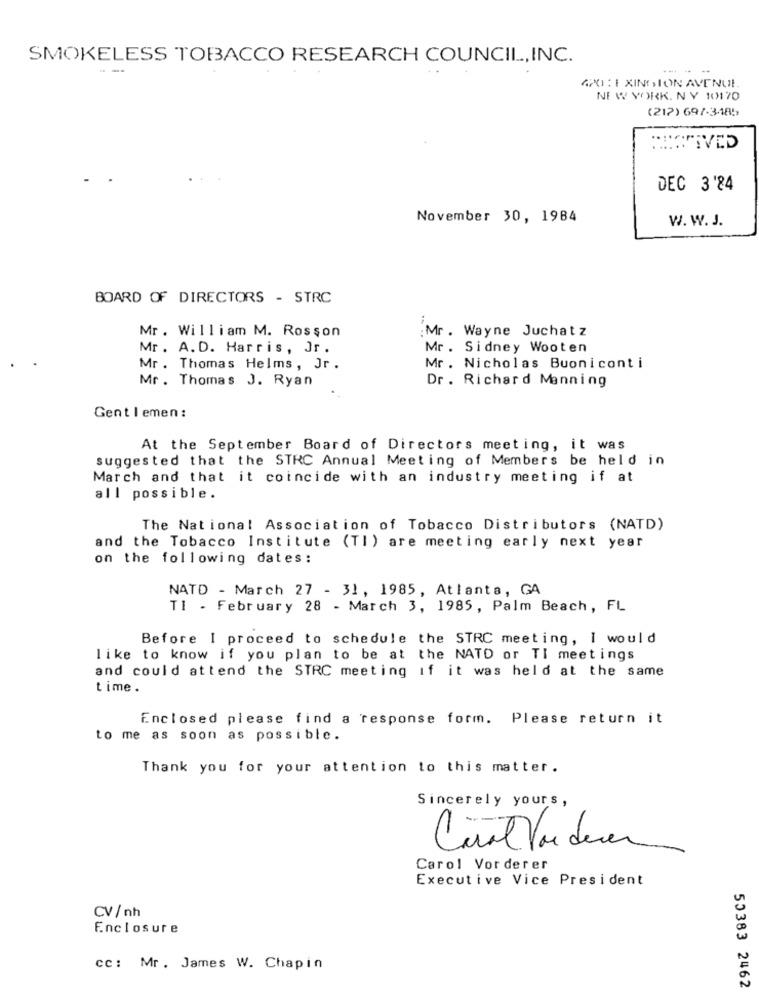
SMOKELESS TOBACCO RESEARCH COUNCIL,INC.
--
-- --
APO :I XINGSION AVENUE
NEW YORK. N Y 10170
(212) 697-3485
DEC 3'84
November 30, 1984
W. W. J.
BOARD OF DIRECTORS - STRC
Mr. William M. Rosson
:Mr . Wayne Juchatz
Mr . A. D. Harris, Jr.
Mr . Sidney Wooten
Mr . Thomas Helms, Jr .
Mr. Nicholas Buoniconti
Mr . Thomas J. Ryan
Dr. Richard Manning
Gentlemen:
At the September Board of Directors meeting, it was
suggested that the STRC Annual Meeting of Members be held in
March and that it coincide with an industry meeting if at
all possible.
The National Association of Tobacco Distributors (NATD)
and the Tobacco Institute (Tl) are meeting early next year
on the following dates:
NATD - March 27 - 31, 1985, Atlanta, GA
TI . February 28 - March 3, 1985, Palm Beach, FL
Before I proceed to schedule the STRC meeting, I would
like to know if you plan to be at the NATD or TI meetings
and could attend the STRC meeting if it was held at the same
time .
Enclosed please find a response form. Please return it
to me as soon as possible.
Thank you for your attention to this matter.
Sincerely yours,
Carol Vor derer
Executive Vice President
CV/nh
Enclosure
cc: Mr. James W. Chapin
53383 2462